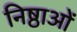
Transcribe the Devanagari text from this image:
निष्ठाओं